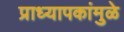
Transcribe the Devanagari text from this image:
प्राध्यापकांमुळे